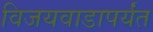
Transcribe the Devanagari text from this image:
विजयवाडापर्यंत